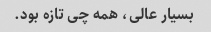
بسیار عالی، همه چی تازه بود.